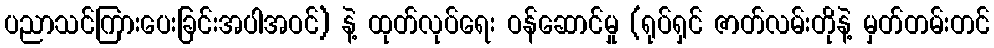
ပညာသင်ကြားပေးခြင်းအပါအဝင်) နဲ့ ထုတ်လုပ်ရေး ဝန်ဆောင်မှု (ရုပ်ရှင် ဇာတ်လမ်းတိုနဲ့ မှတ်တမ်းတင်